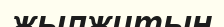
жылжитын